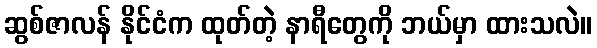
ဆွစ်ဇာလန် နိုင်ငံက ထုတ်တဲ့ နာရီတွေကို ဘယ်မှာ ထားသလဲ။